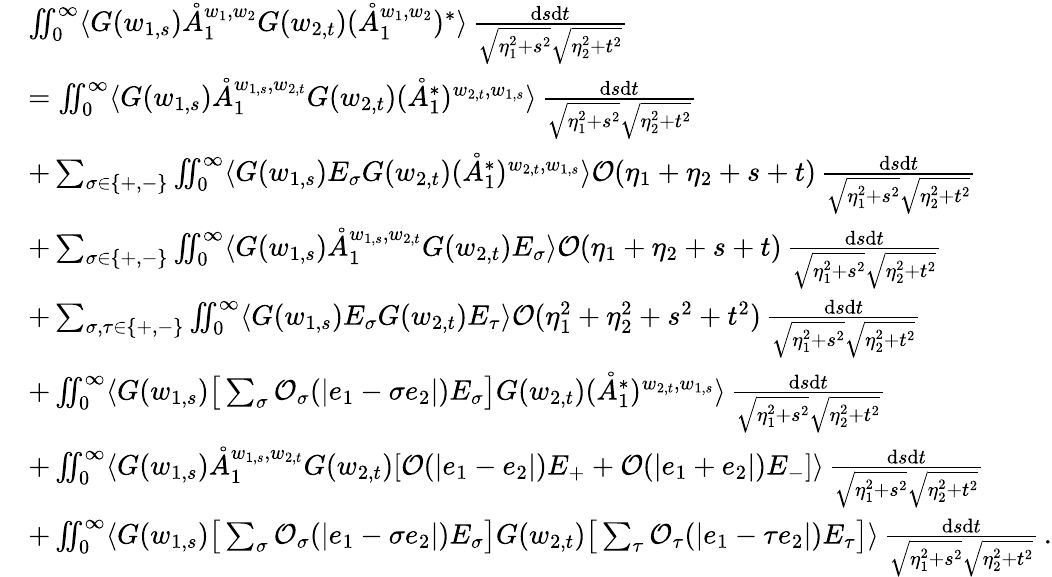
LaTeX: \begin{array}{rl}&{\iint_{0}^{\infty}\langle G(w_{1,s})\mathring{A}_{1}^{w_{1},w_{2}}G(w_{2,t})(\mathring{A}_{1}^{w_{1},w_{2}})^{*}\rangle\, \frac{\mathrm{d}s\mathrm{d}t}{\sqrt{\eta_{1}^{2}+s^{2}}\sqrt{\eta_{2}^{2}+t^{2}}}}\\ &{=\iint_{0}^{\infty}\langle G(w_{1,s})\mathring{A}_{1}^{w_{1,s},w_{2,t}}G(w_{2,t})(\mathring{A}_{1}^{*})^{w_{2,t},w_{1,s}}\rangle\, \frac{\mathrm{d}s\mathrm{d}t}{\sqrt{\eta_{1}^{2}+s^{2}}\sqrt{\eta_{2}^{2}+t^{2}}}}\\ &{+\sum_{\sigma\in\{ +,-\} }\iint_{0}^{\infty}\langle G(w_{1,s})E_{\sigma}G(w_{2,t})(\mathring{A}_{1}^{*})^{w_{2,t},w_{1,s}}\rangle\mathcal{O}(\eta_{1}+\eta_{2}+s+t)\, \frac{\mathrm{d}s\mathrm{d}t}{\sqrt{\eta_{1}^{2}+s^{2}}\sqrt{\eta_{2}^{2}+t^{2}}}}\\ &{+\sum_{\sigma\in\{ +,-\} }\iint_{0}^{\infty}\langle G(w_{1,s})\mathring{A}_{1}^{w_{1,s},w_{2,t}}G(w_{2,t})E_{\sigma}\rangle\mathcal{O}(\eta_{1}+\eta_{2}+s+t)\, \frac{\mathrm{d}s\mathrm{d}t}{\sqrt{\eta_{1}^{2}+s^{2}}\sqrt{\eta_{2}^{2}+t^{2}}}}\\ &{+\sum_{\sigma,\tau\in\{ +,-\} }\iint_{0}^{\infty}\langle G(w_{1,s})E_{\sigma}G(w_{2,t})E_{\tau}\rangle\mathcal{O}(\eta_{1}^{2}+\eta_{2}^{2}+s^{2}+t^{2})\, \frac{\mathrm{d}s\mathrm{d}t}{\sqrt{\eta_{1}^{2}+s^{2}}\sqrt{\eta_{2}^{2}+t^{2}}}}\\ &{+\iint_{0}^{\infty}\langle G(w_{1,s})\big[\sum_{\sigma}\mathcal{O}_{\sigma}(|e_{1}-\sigma e_{2}|)E_{\sigma}\big]G(w_{2,t})(\mathring{A}_{1}^{*})^{w_{2,t},w_{1,s}}\rangle\, \frac{\mathrm{d}s\mathrm{d}t}{\sqrt{\eta_{1}^{2}+s^{2}}\sqrt{\eta_{2}^{2}+t^{2}}}}\\ &{+\iint_{0}^{\infty}\langle G(w_{1,s})\mathring{A}_{1}^{w_{1,s},w_{2,t}}G(w_{2,t})[\mathcal{O}(|e_{1}-e_{2}|)E_{+}+\mathcal{O}(|e_{1}+e_{2}|)E_{-}]\rangle\, \frac{\mathrm{d}s\mathrm{d}t}{\sqrt{\eta_{1}^{2}+s^{2}}\sqrt{\eta_{2}^{2}+t^{2}}}}\\ &{+\iint_{0}^{\infty}\langle G(w_{1,s})\big[\sum_{\sigma}\mathcal{O}_{\sigma}(|e_{1}-\sigma e_{2}|)E_{\sigma}\big]G(w_{2,t})\big[\sum_{\tau}\mathcal{O}_{\tau}(|e_{1}-\tau e_{2}|)E_{\tau}\big]\rangle\, \frac{\mathrm{d}s\mathrm{d}t}{\sqrt{\eta_{1}^{2}+s^{2}}\sqrt{\eta_{2}^{2}+t^{2}}}\, .}\end{array}